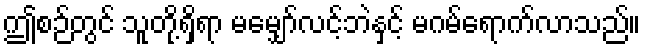
ဤစဉ်တွင် သူတို့ရှိရာ မမျှော်လင့်ဘဲနှင့် မဂမ်ရောက်လာသည်။